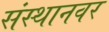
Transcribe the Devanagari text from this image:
संस्थानवर